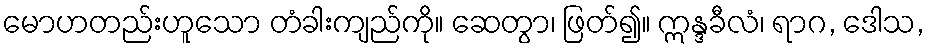
မောဟတည်းဟူသော တံခါးကျည်ကို။ ဆေတွာ၊ ဖြတ်၍။ ဣန္ဒခီလံ၊ ရာဂ, ဒေါသ,